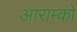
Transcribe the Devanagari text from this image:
आराम्को